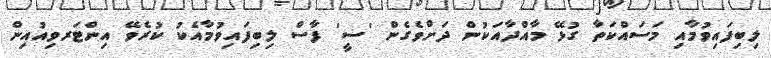
ލިބިފައިވުމާއި މަސައްކަތާ ގުޅޭ މާއްދާއަކުން ދަށްވެގެން 'ސީ' ފާސް ލިބިފައިވުމާއެކު ކުރެވޭ އިންޓަރވިއުއިން